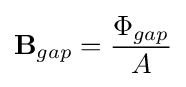
\mathbf {B} _{gap}={\frac {\Phi _{gap}}{A}}